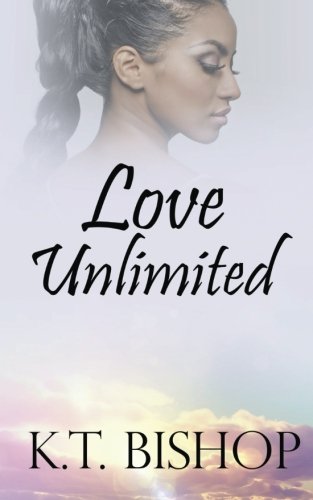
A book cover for Love Unlimited; K.T. Bishop; Romance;